Mental hospitals Bombay report 1921-28 - 1921-1928
Year: 1921
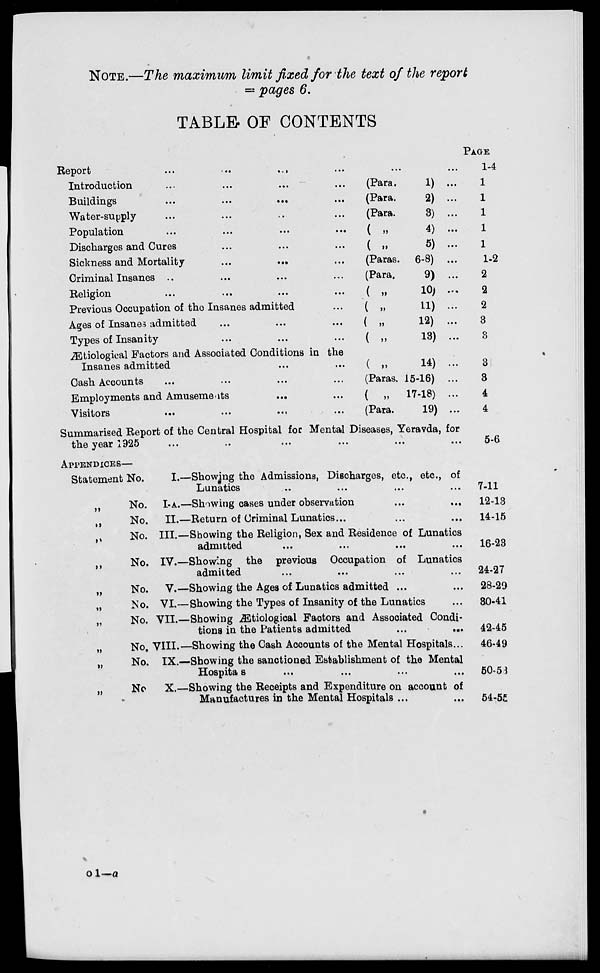
NOTE.—The maximum limit fixed for the text of the report
= pages 6.
TABLE OF CONTENTS
Report
...
...
...
...
Introduction ... ... ... ...
Buildings
...
...
...
...
Water-supply ... ... ... ...
Population ... ... ... ...
Discharges and Cures ... ... ...
Sickness and Mortality
...
...
...
Criminal Insanes .. ... ... ...
Religion ... ... ... ...
Previous Occupation of the Insanes admitted ...
Ages of Insanes admitted ... ... ...
Types of Insanity ... ... ...
Ætiological Factors and Associated Conditions in the
Insanes admitted ... ...
Cash Accounts ... ... ... ...
Employments and Amusements
...
...
Visitors ... ... ... ...
(Para.
1) ...
(Para.
2) ...
(Para.
3) ...
( „
4) ...
( „
5) ..
(Paras. 6-8) ...
(Para.
9) ...
( „
10) ...
(
„
11)
...
( „
12) ...
( „
13) ...
( „
14)
...
(Paras. 15-16) ...
( „ 17-18) ...
(Para.
19) ...
Summarised Report of the Central Hospital for Mental Diseases, Yeravda, for
the year 1925 ... ... ... ...
PAGE
1-4
1
1
1
1
1
1-2
2
2
2
3
3
3
3
4
4
5-6
APPENDICES—
Statement No.
I.—Showing the Admissions, Discharges, etc., etc., of
Lunatics ... ... ... ...
„
No. I-A.—Showing cases under observation ... ...
„
No. II.—Return of Criminal Lunatics . . . . . . ...
„
No. III.—Showing the Religion, Sex and Residence of Lunatics
admitted
...
...
...
...
„
No. IV.—Showing the previous Occupation of Lunatics
admitted
...
...
... ...
„
No. V.—Showing the Ages of Lunatics admitted ... ...
„
No. VI.—Showing the Types of Insanity of the Lunatics ...
„
No. VII.—Showing Ætiological Factors and Associated Condi-
tions in the Patients admitted
...
...
„
No. VIII.—Showing the Cash Accounts of the Mental Hospitals ...
„
No. IX.—Showing the sanctioned Establishment of the Mental
Hospitals ... ... ... ...
„
No
X.—Showing the Receipts and Expenditure on account of
Manufactures in the Mental Hospitals ... ...
7-11
12-13
14-15
16-23
24-27
28-29
30-41
42-45
46-49
50-53
54-55
o 1—a